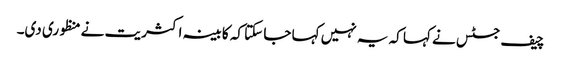
چیف جسٹس نے کہا کہ یہ نہیں کہا جا سکتا کہ کابینہ اکثریت نے منظوری دی۔